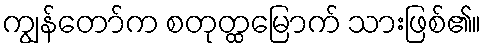
ကျွန်တော်က စတုတ္ထမြောက် သားဖြစ်၏။